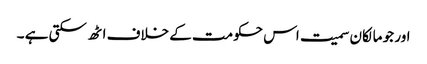
اور جو مالکان سمیت اس حکومت کے خلاف اٹھ سکتی ہے ۔